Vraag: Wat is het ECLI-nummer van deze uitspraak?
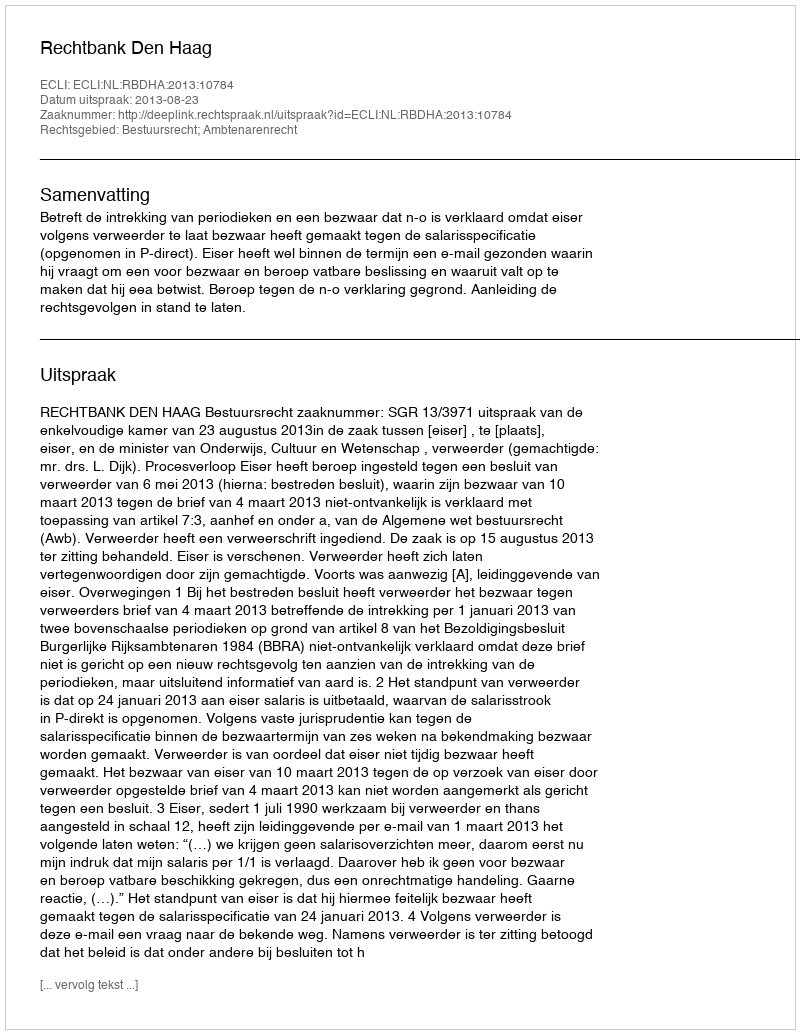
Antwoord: ECLI:NL:RBDHA:2013:10784